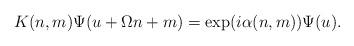
LaTeX: \begin{align*}K(n,m)\Psi (u+\Omega n+m)=\exp (i\alpha (n,m)) \Psi (u).\end{align*}